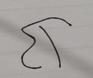
Signature authenticity: forged